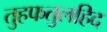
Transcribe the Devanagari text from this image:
तुहफतुलहिद